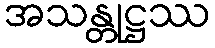
အသန္တုဋ္ဌဿ